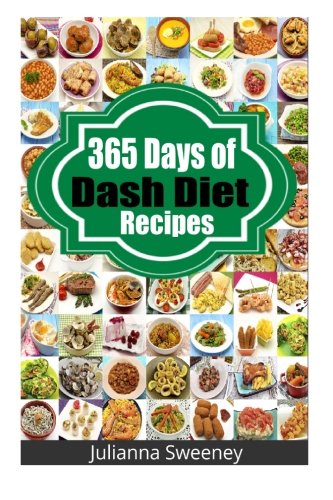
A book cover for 365 Days of Dash Diet Recipes; Juilanna Sweeney; Cookbooks, Food & Wine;